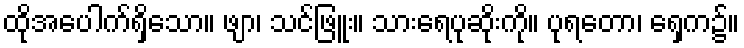
ထိုအပေါက်ရှိသော။ ဖျာ၊ သင်ဖြူး။ သားရေပုဆိုးကို။ ပုရတော၊ ရှေက၌။